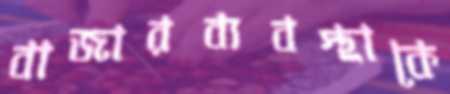
বাজারব্যবস্থাকে